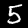
Label: 5